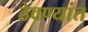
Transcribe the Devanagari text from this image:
ठेवण्यांत